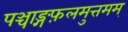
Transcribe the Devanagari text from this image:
पञ्चाङ्गफ़लमुत्तमम्